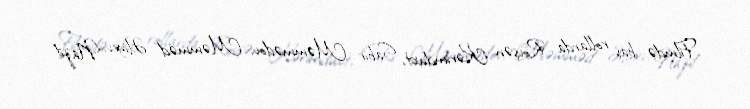
Filmdə baş rollarda Rövşən Kərimduxt, Sabir Məmmədov, Məmməd Əliyev, Nazil